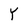
Character: Y